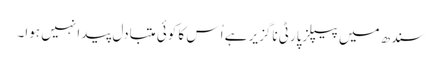
سندھ میں پیپلزپارٹی ناگزیر ہے اُس کا کوئی متبادل پیدا نہیں ہوا۔